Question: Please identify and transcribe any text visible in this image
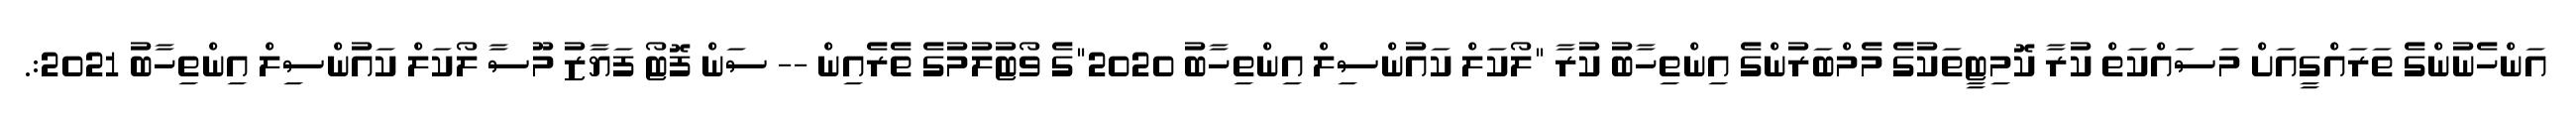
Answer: އަންހެނުންގެ ތަރައްގީއަށް މަސައްކަތް ކުރާ ކޮމިޓީތަކުގެ މެމްބަރުންގެ އިންތިހާބު ކުރާ "ލޯކަލް ކައުންސިލް އިންތިހާބު 2020"ގެ ވޯޓުލުމުގެ ތެރެއިން -- ސަން ފޮޓޯ ފަޔާޒު މޫސާ ލޯކަލް ކައުންސިލް އިންތިހާބު 2021:.